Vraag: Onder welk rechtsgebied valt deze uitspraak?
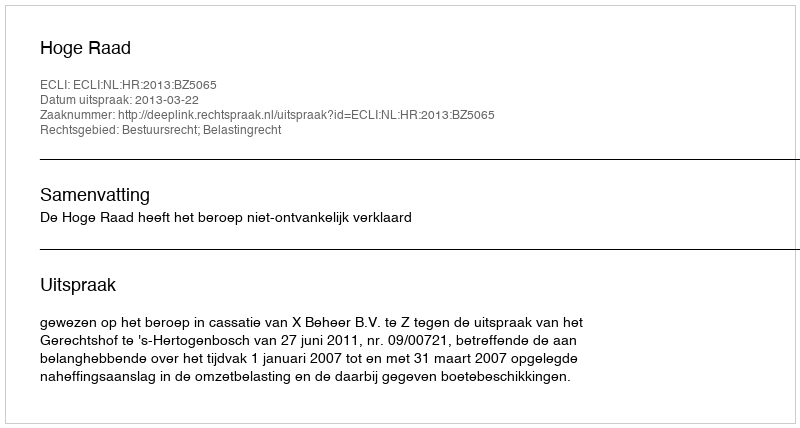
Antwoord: Bestuursrecht; Belastingrecht